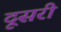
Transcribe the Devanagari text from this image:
दूसरी